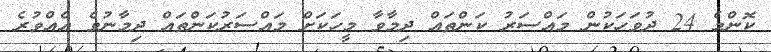
ކޮންމެ 24 ދުވަހަކުން މައްސަރު ކަންތައް ދިމާވާ މީހަކަށް މައްސަރުކަންތައް ދިމާނުވެ އެއްވުރެ